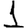
Digit: 1